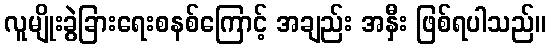
လူမျိုးခွဲခြားရေးစနစ်ကြောင့် အချည်း အနှီး ဖြစ်ရပါသည်။